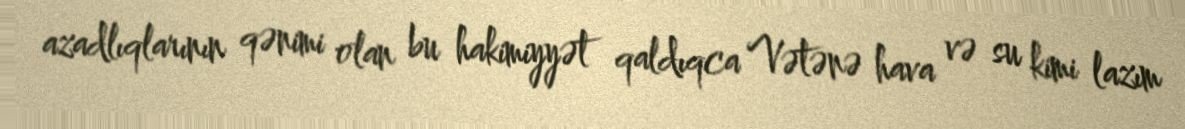
azadlıqlarının qənimi olan bu hakimiyyət qaldıqca Vətənə hava və su kimi lazım